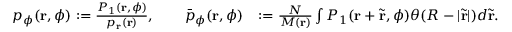
\begin{array} { r l } { p _ { \phi } ( \mathbf { r } , \phi ) : = \frac { P _ { 1 } ( \mathbf { r } , \phi ) } { p _ { \mathbf { r } } ( \mathbf { r } ) } , \qquad \bar { p } _ { \phi } ( \mathbf { r } , \phi ) } & { : = \frac { N } { M ( \mathbf { r } ) } \int P _ { 1 } ( \mathbf { r } + \tilde { \mathbf { r } } , \phi ) \theta ( R - | \tilde { \mathbf { r } } | ) d \tilde { \mathbf { r } } . } \end{array}